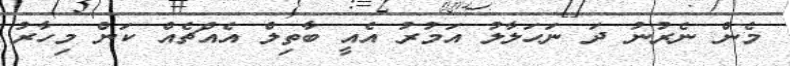
މެން ނެރުނު ދަ ނަހަލާލު އަމުރު އެއީ ބާތިލް އެއްޗެއް ކަން މިހާރު